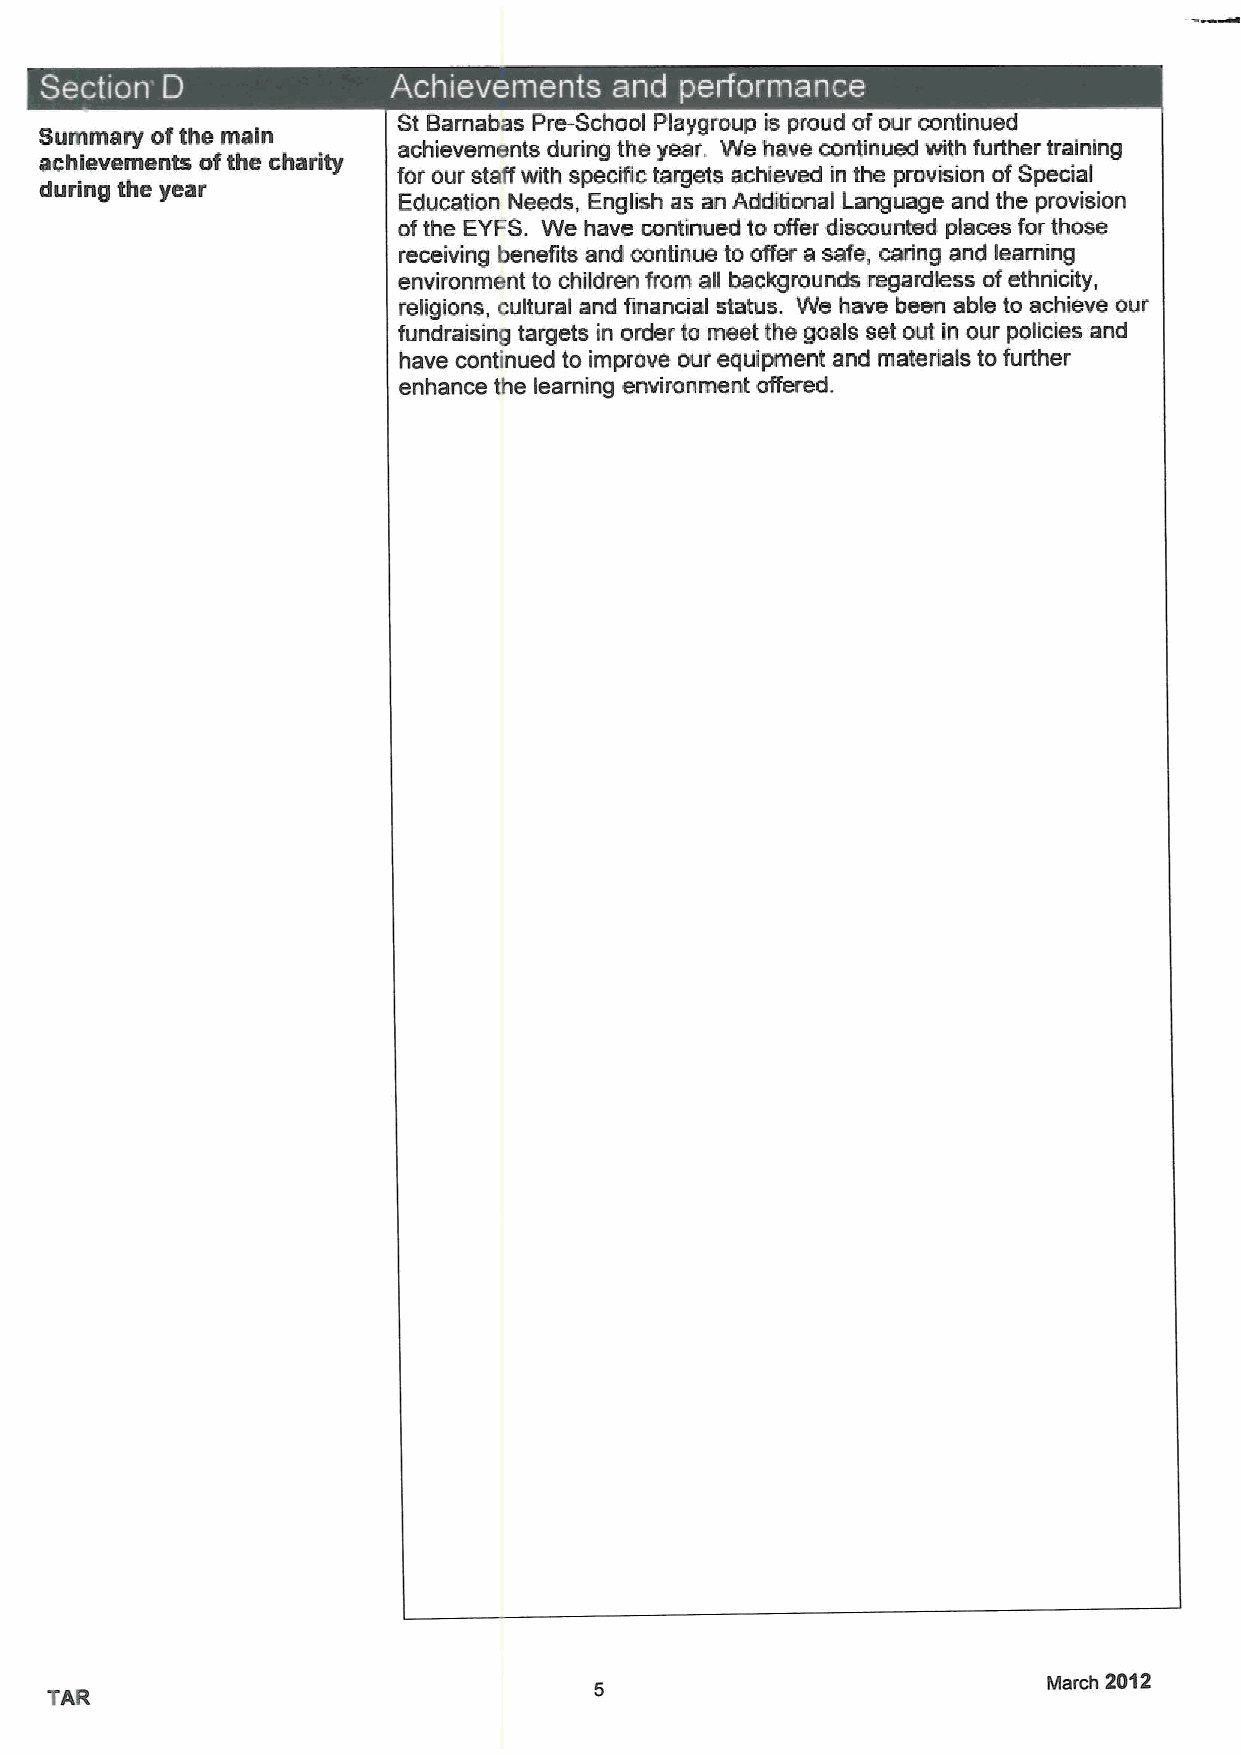
~  ~
 St Bamabas Pre-School Playgroup is proud ofour continued
 Summary ofthe main
 achievements during the year. We have continued with further training
 achievements ofthe charity
 for our staff with specific targets achieved in the provision ofSpecial
 during the year
 Education Needs, English as an Additional Language and the provision
 ofthe EYFS. We have continued to offer discounted places for those
 receiving benefih and continue to offer a safe, caring and learning
 environment to children from all backgrounds regardless ofethnicity,
 religions, cultural and financial status. We have been able to achieve our
 fundraising targets in order to meet the goals set out in our policies and
 have continued to improve our equipment and materials to further
 enhance the    environment offered.
 learning
 March 2012
 TAR